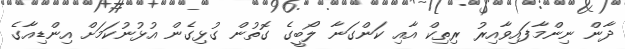
ދާން ނިންމާފައިވާއިރު ރިތިކް އާއި ކަންގަނާ ލޯބީގެ ގޮތުން ގުޅިގެން އުޅުނުކަމަށް އިންޑިއާގެ